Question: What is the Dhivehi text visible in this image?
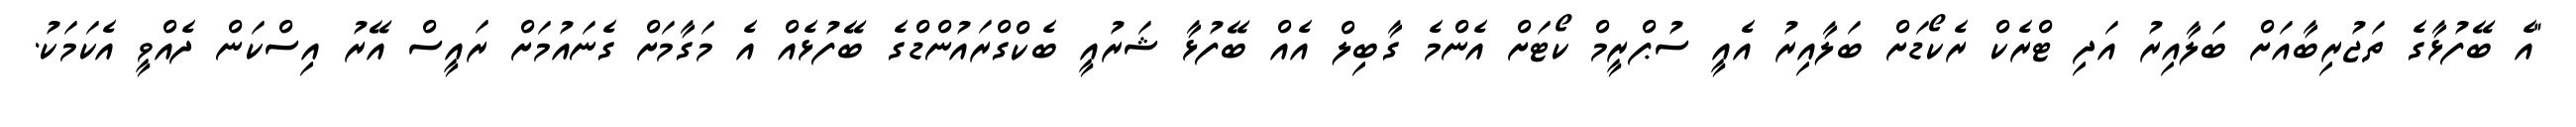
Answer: "އެ ބޭފުޅާގެ ތަޖުރިބާއަށް ބަލާއިރު އަދި ޓްރެކް ރެކޯޑަށް ބަލާއިރު އެއީ ސުޕްރީމް ކޯޓަށް އެންމެ ގާބިލް އެއް ބޭފުޅާ ޝަރުއީ ބެކްގްރައުންޑްގެ ބޭފުޅެއް އެ މަގާމަށް ގެނައުމަށް ރައީސް އޭރު އިސްކަން ދެއްވީ އެކަމަކު.